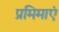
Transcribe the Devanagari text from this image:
प्रमिमाएं